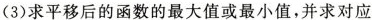
(3)求平移后的函数的最大值或最小值，并求对应